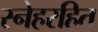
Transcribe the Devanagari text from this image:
स्नेहरहित